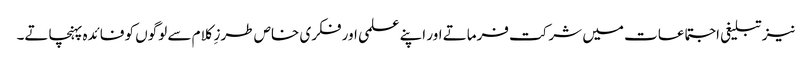
نیز تبلیغی اجتماعات میں شرکت فرماتے اور اپنے علمی اور فکری خاص طرزِ کلام سے لوگوں کو فائدہ پہنچاتے۔